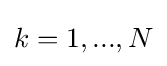
k=1,...,N